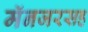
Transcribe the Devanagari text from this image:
मॅनजरसह